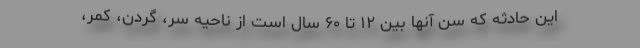
این حادثه که سن آنها بین ۱۲ تا ۶۰ سال است از ناحیه سر، گردن، کمر،